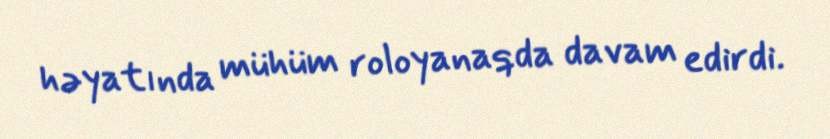
həyatında mühüm roloyanaqda davam edirdi.